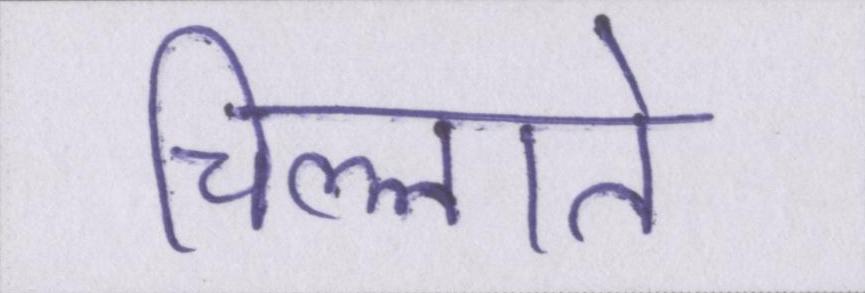
चिल्लाते